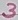
Text: 3